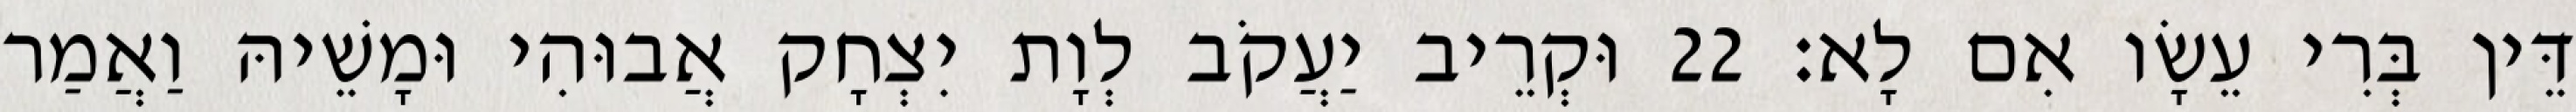
דֵּין בְּרִי עֵשָׂו אִם לָא׃ 22 וּקְרֵיב יַעֲקֹב לְוָת יִצְחָק אֲבוּהִי וּמָשֵׁיהּ וַאֲמַר